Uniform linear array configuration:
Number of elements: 32
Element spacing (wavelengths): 0.25
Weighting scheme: blackman
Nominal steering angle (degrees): -45
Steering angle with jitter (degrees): -44.194
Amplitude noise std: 0.05
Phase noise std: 0.05

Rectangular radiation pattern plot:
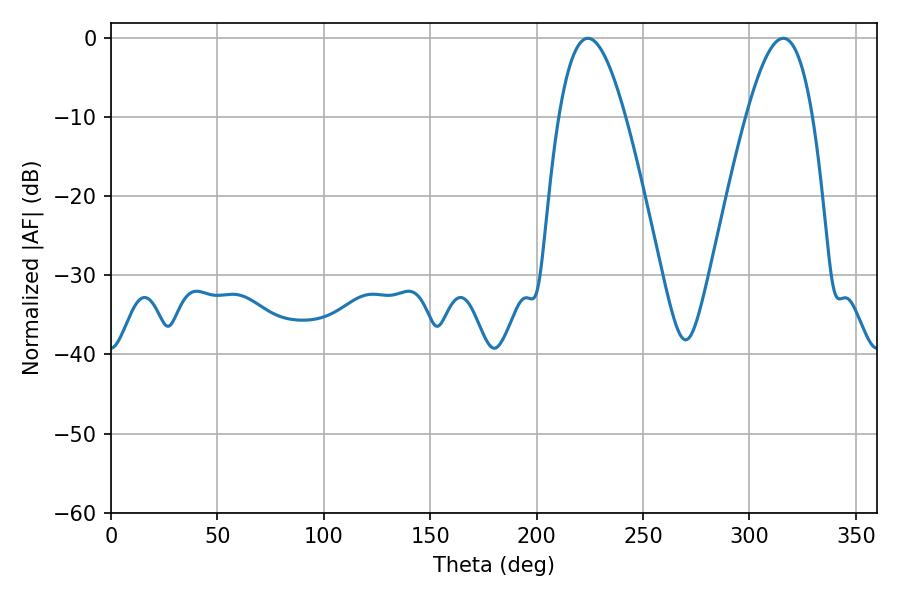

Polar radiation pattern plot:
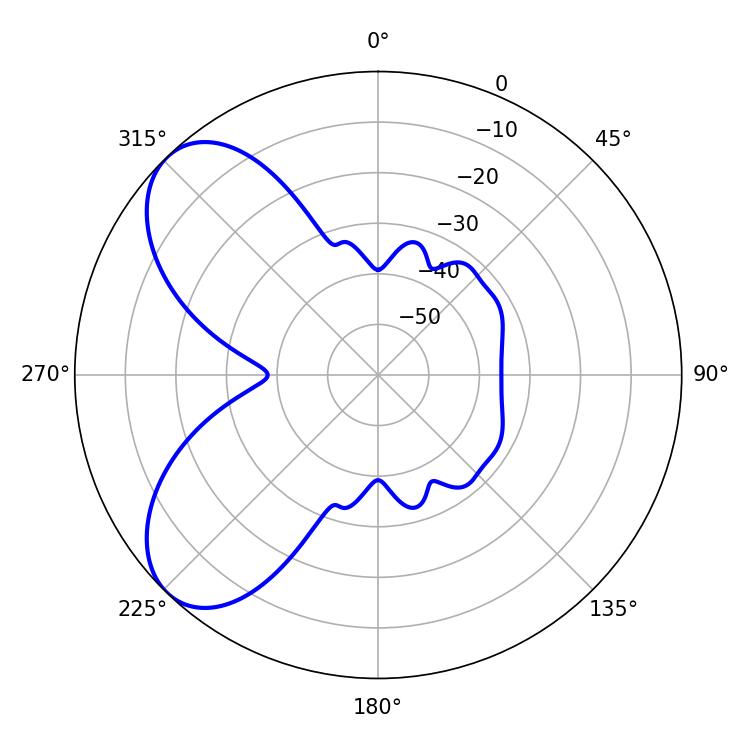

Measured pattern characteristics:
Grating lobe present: FALSE
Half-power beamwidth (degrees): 17.1
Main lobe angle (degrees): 224.1